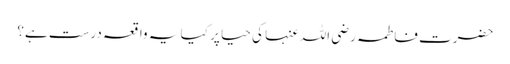
حضرت فاطمہ رضی اللہ عنہا کی حیا پر کیا یہ واقعہ درست ہے؟